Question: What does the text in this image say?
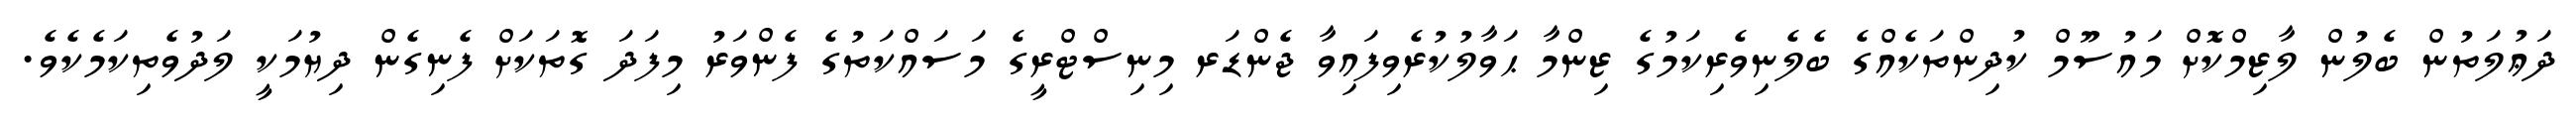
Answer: ދަޢުލަތުން ބެލުން ލާޒިމްކޮށް މައުސޫމް ކުދިންތަކެއްގެ ބެލެނިވެރިކަމުގެ ޒިންމާ ޙަވާލުކުރެވިފައިވާ ޖެންޑަރ މިނިސްޓްރީގެ މަސައްކަތުގެ ފެންވަރު މިފަދަ ގޮތަކަށް ފެނިގެން ދިޔުމަކީ ލަދުވެތިކަމެކެވެ.